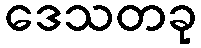
ဒေသတခု